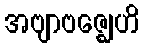
အဗျာဗဇ္ဈေဟိ